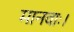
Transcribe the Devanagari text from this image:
मानवाः।